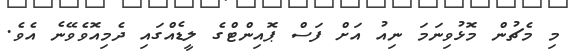
މި މެޗުން މޮޅުވިނަމަ ނިއު އަށް ފަސް ޕޮއިންޓްގެ ލީޑެއްގައި ދެމިއޮވެވޭނެ އެވެ.